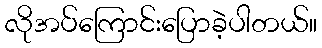
လိုအပ်ကြောင်းပြောခဲ့ပါတယ်။